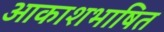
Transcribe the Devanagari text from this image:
आकाशभाषित